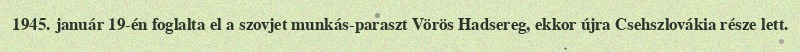
1945. január 19-én foglalta el a szovjet munkás-paraszt Vörös Hadsereg, ekkor újra Csehszlovákia része lett.